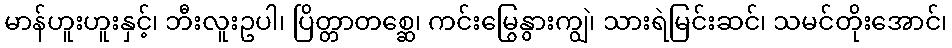
မာန်ဟူးဟူးနှင့်၊ ဘီးလူးဥပါ၊ ပြိတ္တာတစ္ဆေ၊ ကင်းမြွေနွားကျွဲ၊ သားရဲမြင်းဆင်၊ သမင်တိုးအောင်၊